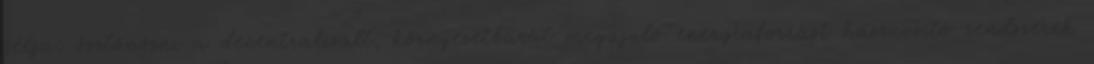
célja: ösztönözni a decentralizált, környezetbarát megújuló energiaforrást hasznosító rendszerek